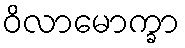
ဝိလာမောက္ခာ